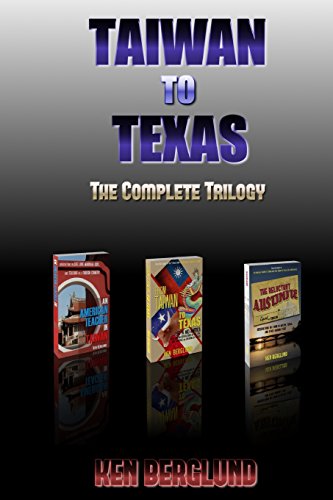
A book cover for Taiwan to Texas: The Complete Trilogy; Ken Berglund; Travel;